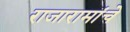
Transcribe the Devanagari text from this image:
राजारामांचे